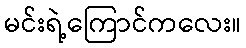
မင်းရဲ့ကြောင်ကလေး။